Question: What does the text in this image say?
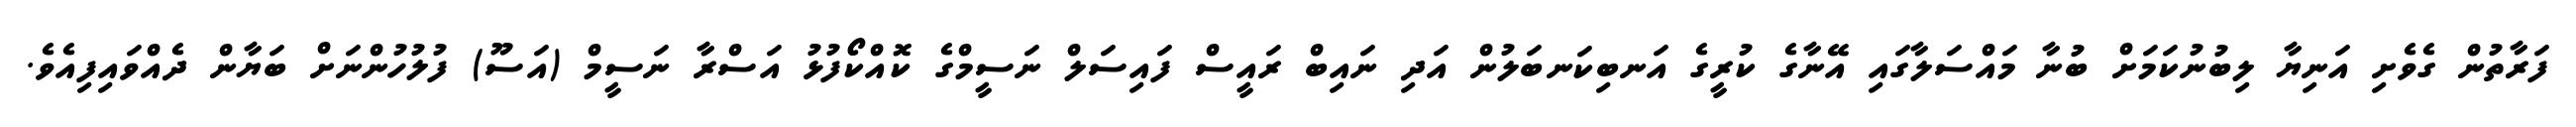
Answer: ފަރާތުން ގެވެށި އަނިޔާ ލިބުނުކަމަށް ބުނާ މައްސަލާގައި އޭނާގެ ކުރީގެ އަނބިކަނބަލުން އަދި ނައިބް ރައީސް ފައިސަލް ނަސީމްގެ ކޮއްކޯފުޅު އަސްރާ ނަސީމް (އަސޫ) ފުލުހުންނަށް ބަޔާން ދެއްވައިފިއެވެ.